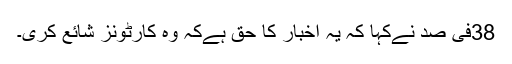
38فی صد نےکہا کہ یہ اخبار کا حق ہےکہ وہ کارٹونز شائع کری۔